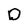
Character: D